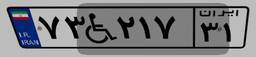
۷۴W۵۹۳۲۳